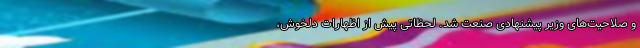
و صلاحیت‌های وزیر پیشنهادی صنعت شد. لحظاتی پیش از اظهارات دلخوش،